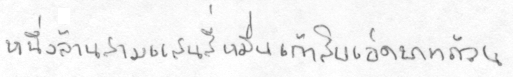
หนึ่งล้านสามแสนสี่หมื่นเก้าสิบเอ็ดบาทถ้วน